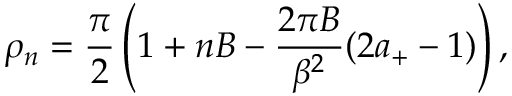
\rho _ { n } = \frac { \pi } { 2 } \left( 1 + n B - \frac { 2 \pi B } { \beta ^ { 2 } } ( 2 a _ { + } - 1 ) \right) ,